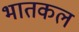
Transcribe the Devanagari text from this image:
भातकल